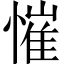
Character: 慛